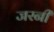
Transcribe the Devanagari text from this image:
जरनी